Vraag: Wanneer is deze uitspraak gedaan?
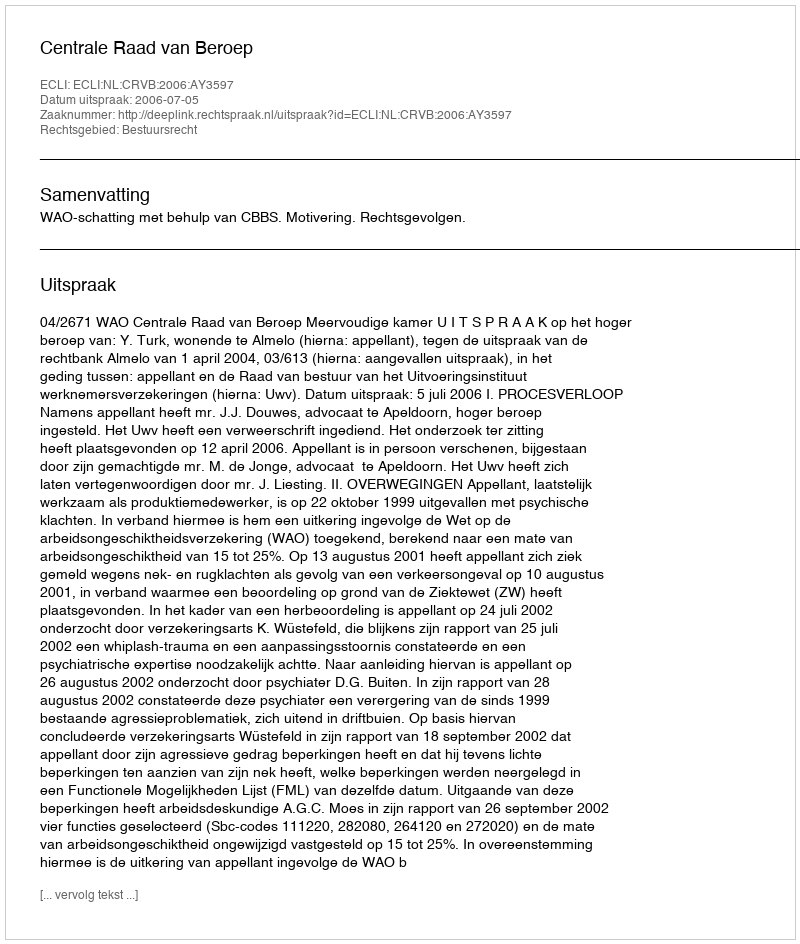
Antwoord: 2006-07-05